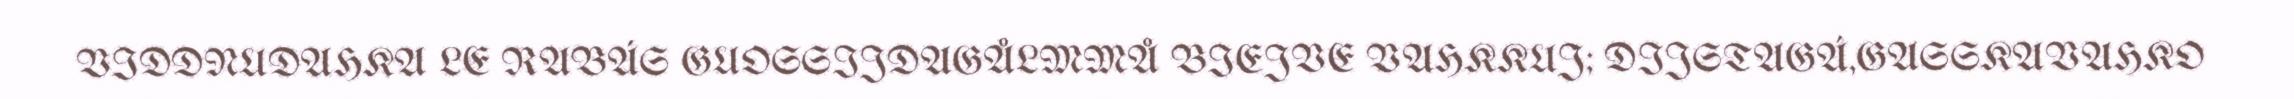
VIDDNUDAHKA LE RABÁS GUOSSIJDAGÅLMMÅ BIEJVE VAHKKUJ; DIJSTAGÁ,GASSKAVAHKO